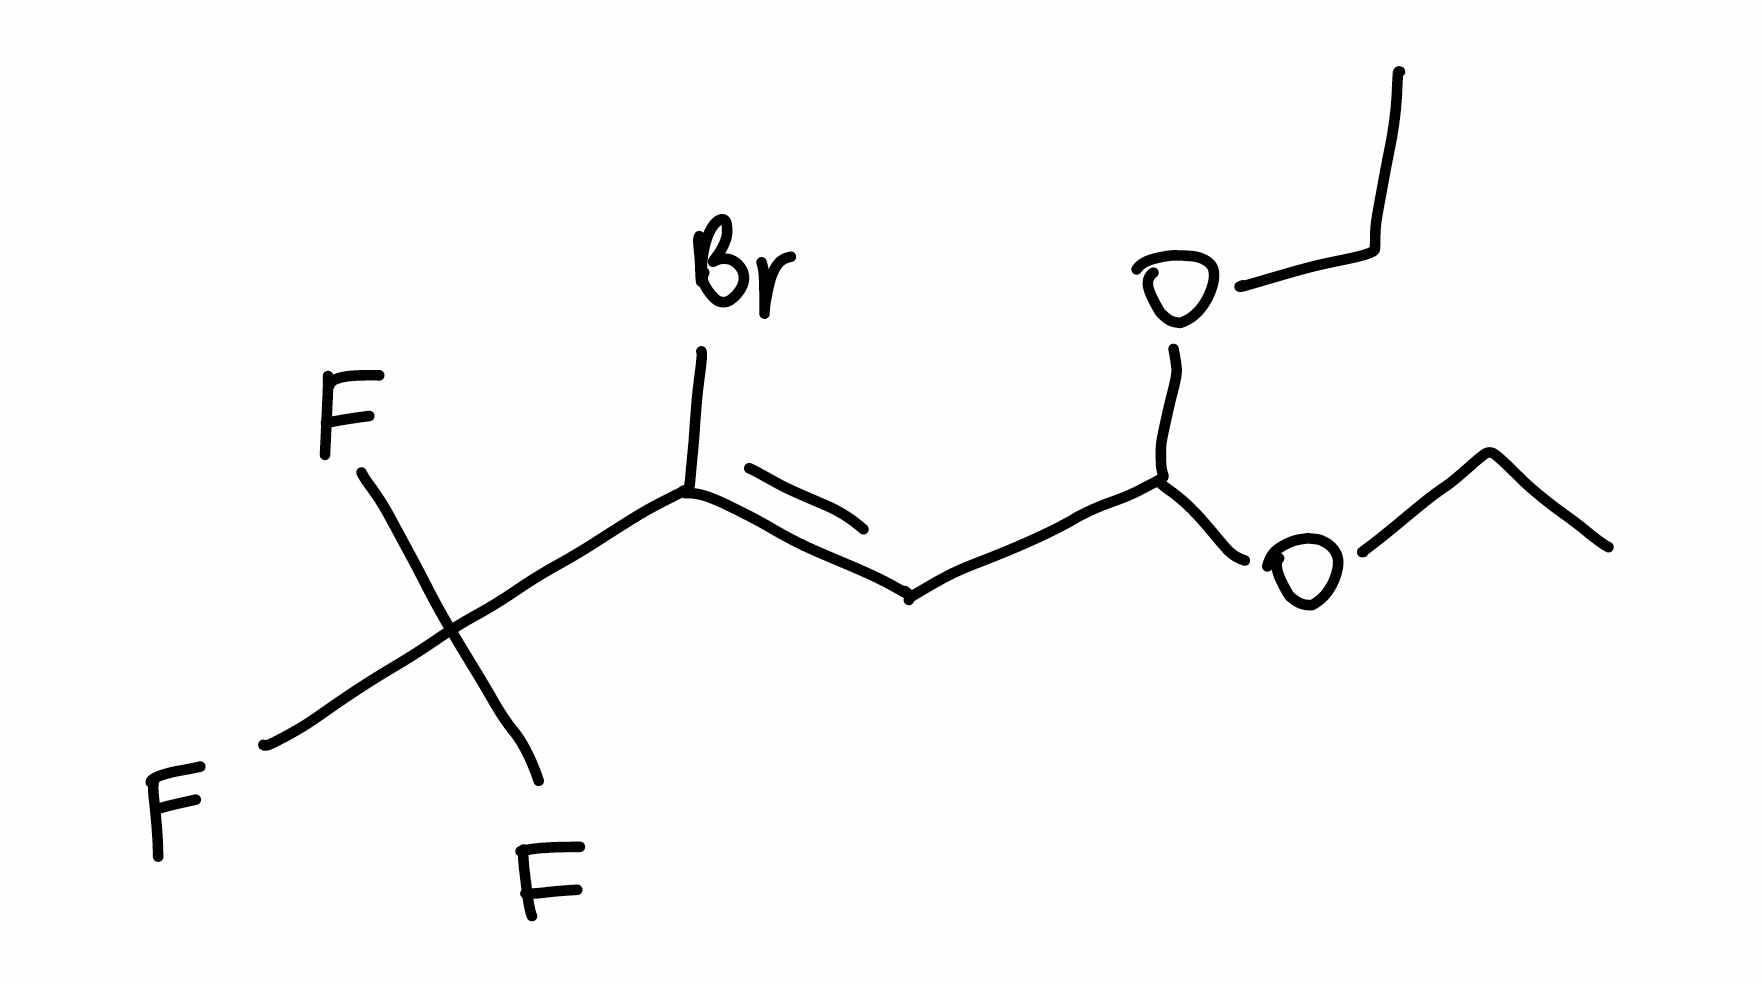
Simplified molecular-input line-entry system (SMILES) notation of the given molecule:
CCOC(/C=C(/C(F)(F)F)\Br)OCC